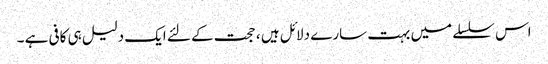
اس سلسلے میں بہت سارے دلائل ہیں ، حجت کے لئے ایک دلیل ہی کافی ہے ۔